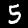
Label: 5